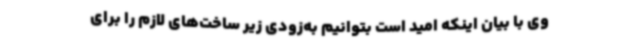
وی با بیان اینکه امید است بتوانیم به‌زودی زیر ساخت‌های لازم را برای